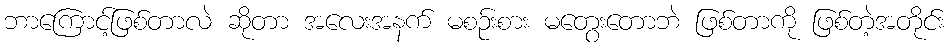
ဘာကြောင့်ဖြစ်တာလဲ ဆိုတာ အလေးအနက် မစဉ်းစား မတွေးတောဘဲ ဖြစ်တာကို ဖြစ်တဲ့အတိုင်း